Civil Veterinary Dept. Bombay admin report 1923-31 - 1923-1931
Year: 1923
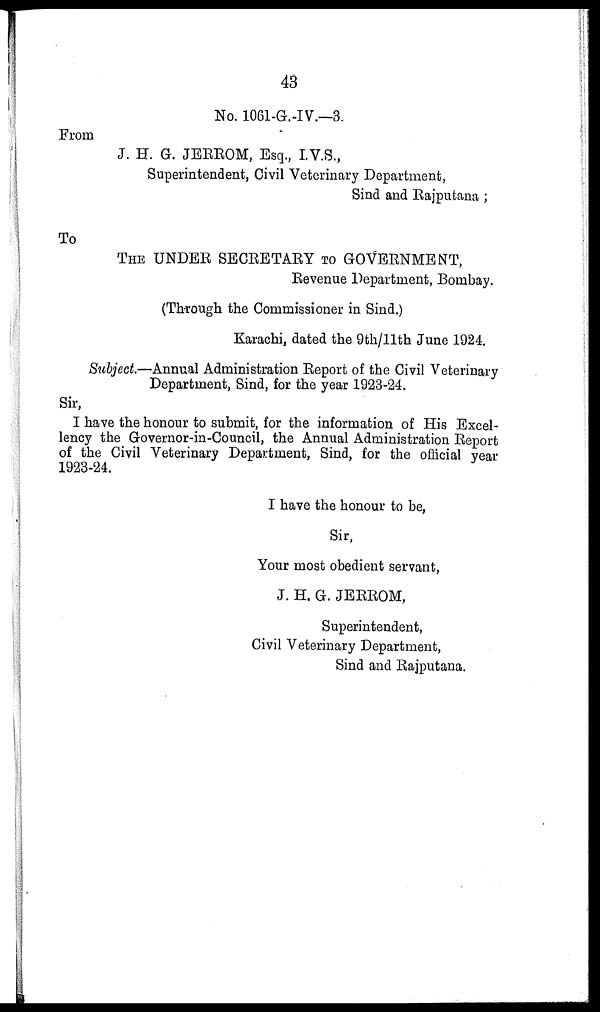
43
No. 1061-G.-IV.—3.
From
J. H. G. JERROM, Esq., I.V.S.,
Superintendent, Civil Veterinary Department,
Sind and Rajputana ;
To
THE UNDER SECRETARY TO GOVERNMENT,
Revenue Department, Bombay.
(Through the Commissioner in Sind.)
Karachi, dated the 9th/11th June 1924.
Subject.—Annual Administration Report of the Civil Veterinary
Department, Sind, for the year 1923-24.
Sir,
I have the honour to submit, for the information of His Excel-
lency the Governor-in-Council, the Annual Administration Report
of the Civil Veterinary Department, Sind, for the official year
1923-24.
I have the honour to be,
Sir,
Your most obedient servant,
J. H. G. JERROM,
Superintendent,
Civil Veterinary Department,
Sind and Rajputana.